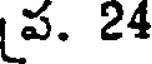
ప. 24